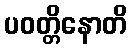
ပဝတ္တိနောတိ